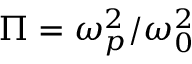
\Pi = \omega _ { p } ^ { 2 } / \omega _ { 0 } ^ { 2 }